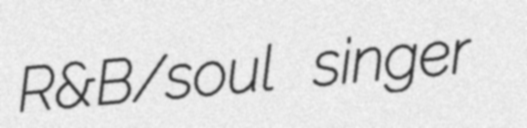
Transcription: R&B/soul singer